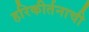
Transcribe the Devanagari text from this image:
हरिकीर्तनाची